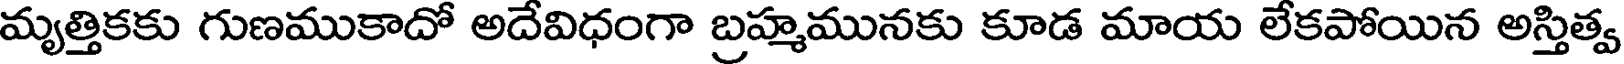
మృత్తికకు గుణముకాదో అదేవిధంగా బ్రహ్మమునకు కూడ మాయ లేకపోయిన అస్తిత్వ